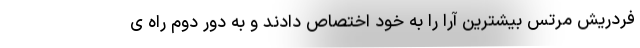
فردریش مرتس بیشترین آرا را به خود اختصاص دادند و به دور دوم راه ی